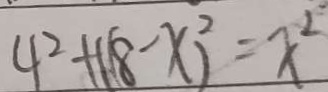
4 ^ { 2 } + ( 1 8 - x ) ^ { 2 } = x ^ { 2 }